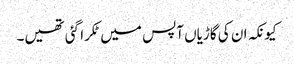
کیونکہ ان کی گاڑیاں آپس میں ٹکرا گئی تھیں۔